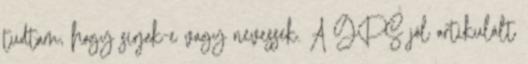
tudtam, hogy sírjak-e vagy nevessek. A GPS jól artikulált